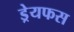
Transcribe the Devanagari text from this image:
ड्रेयफस